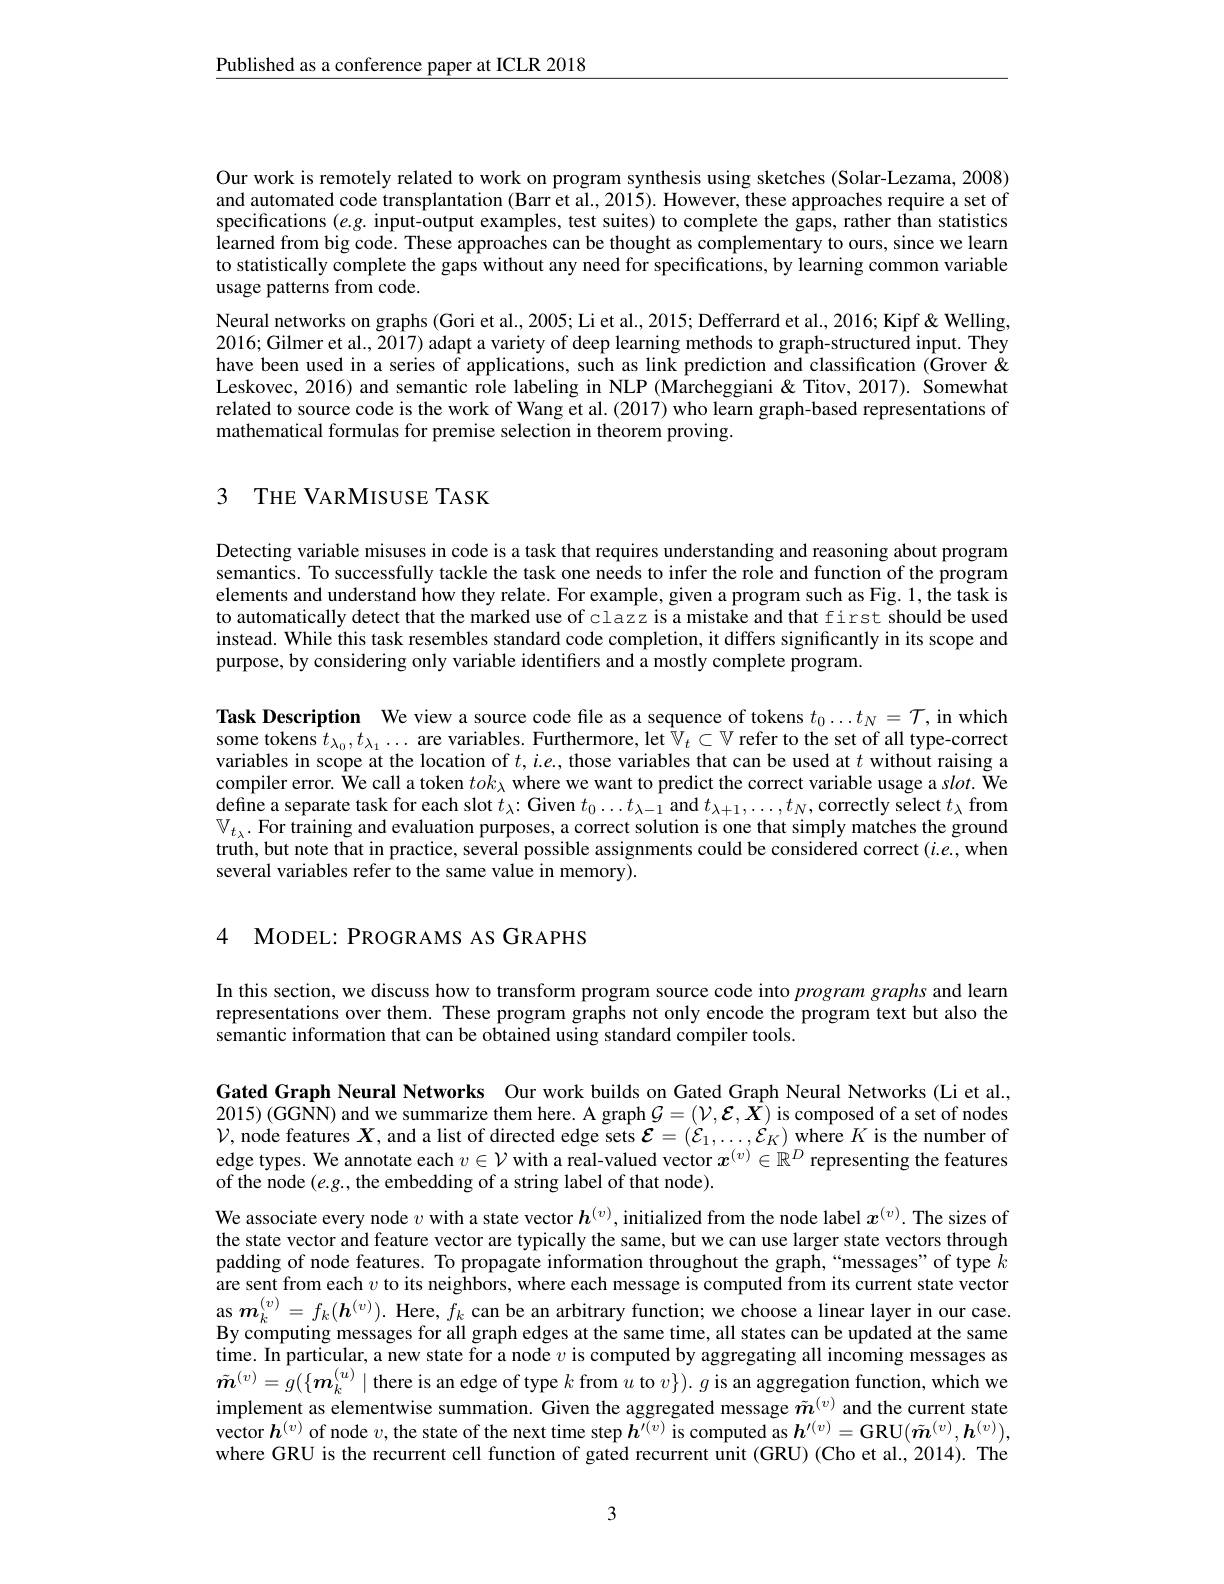
$\underline{\text{Published as a conference paper at ICLR 2018}}$

Our work is remotely related to work on program synthesis using sketches (Solar-Lezama, 2008) and automated code transplantation (Barr et al., 2015). However, these approaches require a set of specifications $(e.g.$ input-output examples, test suites) to complete the gaps, rather than statistics learned from big code. These approaches can be thought as complementary to ours, since we learn to statistically complete the gaps without any need for specifications, by learning common variable usage patterns from code.
Neural networks on graphs (Gori et al., 2005; Li et al., 2015; Defferrard et al., 2016; Kipf & Welling, 2016;Gilmer et al., 2017) adapt a variety of deep learning methods to graph-structured input. They have been used in a series of applications, such as link prediction and classification (Grover & Leskovec, 2016) and semantic role labeling in NLP (Marcheggiani&Titov,2017). Somewhat related to source code is the work of Wang et al. (2017) who learn graph-based representations of mathematical formulas for premise selection in theorem proving.

# 3 THE VARMISUSE TASK

Detecting variable misuses in code is a task that requires understanding and reasoning about program semantics. To successfully tackle the task one needs to infer the role and function of the program elements and understand how they relate. For example, given a program such as Fig. 1, the task is to automatically detect that the marked use of clazz is a mistake and that first should be used instead. While this task resembles standard code completion, it differs significantly in its scope and purpose, by considering only variable identifiers and a mostly complete program.

Task Description We view a source code file as a sequence of tokens $t_0\ldots t_N=\mathcal{T}$, in which some tokens $t_\lambda_0,t_{\lambda_1}\ldots$ are variables. Furthermore, let $\bar{\mathbb{V}}_t\subset\mathbb{V}$ refer to the set of all type-correct variables in scope at the location of $t,i.e.$, those variables that can be used at $t$ without raising a compiler error. We call a token $tok_\lambda$ where we want to predict the correct variable usage a s$lot.$ We $\hat{\text{define a separate task for each slot }t_\lambda}{:}$Given $t_0\ldots t_{\lambda-1}$ and $t_\lambda+1,\ldots,t_N$, correctly select $t_\lambda$ from $\mathbb{V}_{t_\lambda}.$ For training and evaluation purposes, a correct solution is one that simply matches the ground truth, but note that in practice, several possible assignments could be considered correct $(i.e.$,when several variables refer to the same value in memory).

4 MODEL: PROGRAMS AS GRAPHS

In this section, we discuss how to transform program source code into program graphs and learn representations over them. These program graphs not only encode the program text but also the semantic information that can be obtained using standard compiler tools.

Gated Graph Neural Networks Our work builds on Gated Graph Neural Networks (Li et al., $\begin{array}{l}{2015)(\mathrm{GGNN})\mathrm{~and~we~summarize~them~here.~A~graph~}\mathcal{G}=(\mathcal{V},\mathcal{E},\hat{X})\mathrm{~is~composed~of~a~set~of~nodes}}\\{\mathcal{V},\mathrm{~node~features~}X,\mathrm{~and~a~list~of~directed~edge~sets~}\mathcal{E}=(\mathcal{E}_{1},\ldots,\mathcal{E}_{K})\mathrm{~where~}K\mathrm{~is~the~number~of}}\end{array}$ edge types. We annotate each $v\in\mathcal{V}$ with a real-valued vector $x^{(v)}\in\mathbb{R}^D$ representing the features of the node $(e.g.$, the embedding of a string label of that node).
We associate every node $v$ with a state vector $h^{(v)}$ , initialized from the node label $x^{(v)}$. The sizes of the state vector and feature vector are typically the same, but we can use larger state vectors through padding of node features. To propagate information throughout the graph,“messages”of type $k$ are sent from each $v$ to its neighbors, where each message is computed from its current state vector as $\boldsymbol{m}_k^{(v)}=f_k(\boldsymbol{h}^{(v)}).$ Here, $\tilde{f}_k$ can be an arbitrary function; we choose a linear layer in our case. By computing messages for all graph edges at the same time, all states can be updated at the same time. In particular, a new state for a node $v$ is computed by aggregating all incoming messages as $\tilde{\boldsymbol{m}}^{(v)}=g(\{\boldsymbol{m}_k^{(u)}\mid$there is an edge of type $k$ from $u$ to $v\}).g$ is an aggregation function, which we implement as elementwise summation. Given the aggregated message $\tilde{m}^{(v)}$ and the current state $\hat{\text{vector }h^{(v)}}$ of node $v$,the state of the next time step $h^\prime(v)$ is computed as $h^{\prime(v)}=$GRU$(\tilde{\boldsymbol{m}}^{(v)},\boldsymbol{h}^{(v)})$, where GRU is the recurrent cell function of gated recurrent unit (GRU) (Cho et al.,2014). The

3